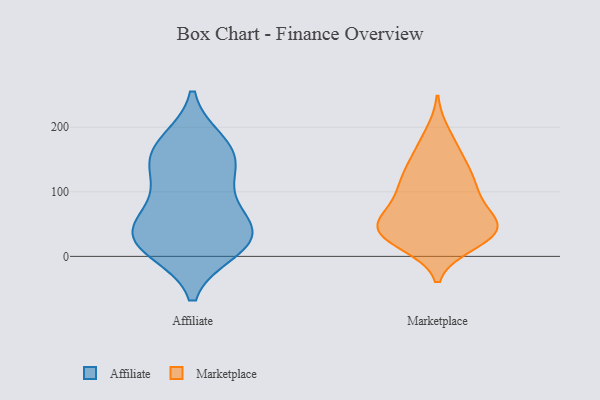
{"axis": {"x": "Conversion Rate (%)", "y": "Value"}, "legend": ["Affiliate", "Marketplace"], "data": [{"x": "", "y": 21, "type": "Affiliate"}, {"x": "", "y": 149, "type": "Affiliate"}, {"x": "", "y": 11, "type": "Affiliate"}, {"x": "", "y": 176, "type": "Affiliate"}, {"x": "", "y": 167, "type": "Affiliate"}, {"x": "", "y": 94, "type": "Affiliate"}, {"x": "", "y": 154, "type": "Affiliate"}, {"x": "", "y": 16, "type": "Affiliate"}, {"x": "", "y": 31, "type": "Affiliate"}, {"x": "", "y": 54, "type": "Affiliate"}, {"x": "", "y": 48, "type": "Affiliate"}, {"x": "", "y": 120, "type": "Affiliate"}, {"x": "", "y": 39, "type": "Affiliate"}, {"x": "", "y": 24, "type": "Marketplace"}, {"x": "", "y": 99, "type": "Marketplace"}, {"x": "", "y": 20, "type": "Marketplace"}, {"x": "", "y": 139, "type": "Marketplace"}, {"x": "", "y": 144, "type": "Marketplace"}, {"x": "", "y": 31, "type": "Marketplace"}, {"x": "", "y": 55, "type": "Marketplace"}, {"x": "", "y": 37, "type": "Marketplace"}, {"x": "", "y": 109, "type": "Marketplace"}, {"x": "", "y": 59, "type": "Marketplace"}, {"x": "", "y": 92, "type": "Marketplace"}, {"x": "", "y": 34, "type": "Marketplace"}, {"x": "", "y": 53, "type": "Marketplace"}, {"x": "", "y": 36, "type": "Marketplace"}, {"x": "", "y": 126, "type": "Marketplace"}, {"x": "", "y": 51, "type": "Marketplace"}, {"x": "", "y": 189, "type": "Marketplace"}, {"x": "", "y": 53, "type": "Marketplace"}, {"x": "", "y": 171, "type": "Marketplace"}, {"x": "", "y": 103, "type": "Marketplace"}]}